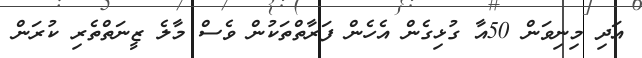
އަދި މިނިވަން 50އާ ގުޅިގެން އެހެން ފަރާތްތަކުން ވެސް މާލެ ޒީނަތްތެރި ކުރަން